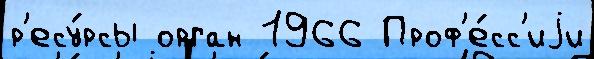
р'есу́рсы орган 1966 Проф'е́сс'иjи